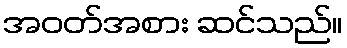
အဝတ်အစား ဆင်သည်။